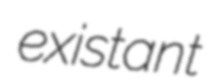
existant